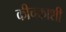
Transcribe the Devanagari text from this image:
कीचकाशी